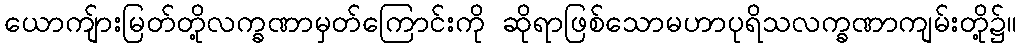
ယောကျ်ားမြတ်တို့လက္ခဏာမှတ်ကြောင်းကို ဆိုရာဖြစ်သောမဟာပုရိသလက္ခဏာကျမ်းတို့၌။